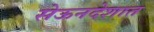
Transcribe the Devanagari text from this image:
सेऊनदेशात